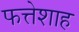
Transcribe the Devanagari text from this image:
फत्तेशाह